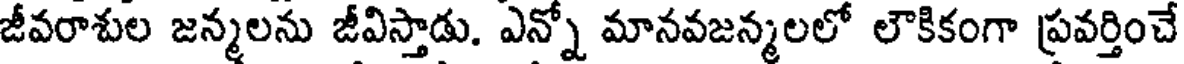
జీవరాశుల జన్మలను జీవిస్తాడు. ఎన్నో మానవజన్మలలో లౌకికంగా ప్రవర్తించే